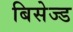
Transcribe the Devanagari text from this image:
बिसेज्ड